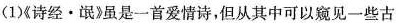
(1《诗经·氓》虽是一首爱情诗，但从其中可以窥见一些古